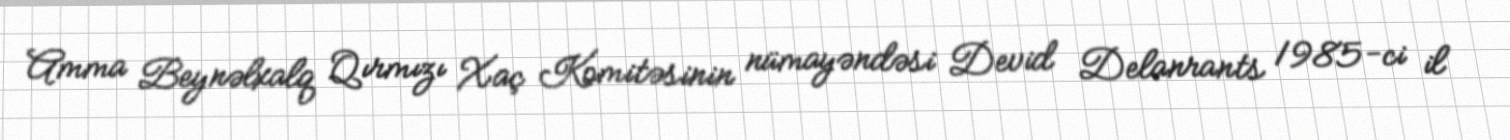
Amma Beynəlxalq Qırmızı Xaç Komitəsinin nümayəndəsi Devid Delanrants 1985-ci il